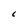
Character: C